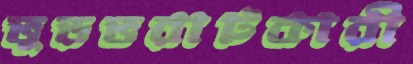
ভুড়ভরাটকারী